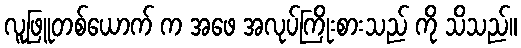
လူဖြူတစ်ယောက် က အဖေ အလုပ်ကြိုးစားသည် ကို သိသည်။